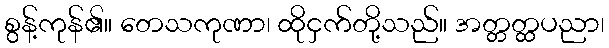
စွန့်ကုန်၏။ တေသကုဏာ၊ ထိုငှက်တို့သည်။ အတ္တတ္ထပညာ၊